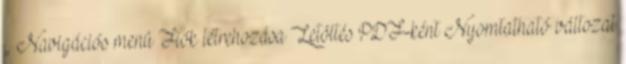
„ Navigációs menü Fiók létrehozása Letöltés PDF-ként Nyomtatható változat